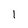
Character: 1